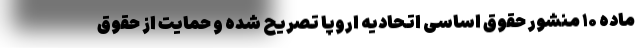
ماده ۱۰ منشور حقوق اساسی اتحادیه اروپا تصریح شده و حمایت از حقوق